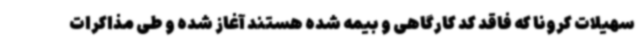
سهیلات کرونا که فاقد کد کارگاهی و بیمه شده هستند آغاز شده و طی مذاکرات